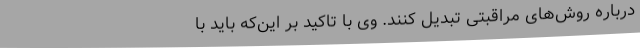
درباره روش‌های مراقبتی تبدیل کنند. وی با تاکید بر این‌که باید با